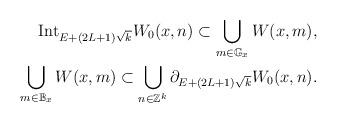
LaTeX: \begin{align*} \mathrm{Int}_{E+(2L+1)\sqrt{k}} W_0(x,n) \subset \bigcup_{m\in \mathbb{G}_x} W(x,m), \\ \bigcup_{m\in \mathbb{B}_x} W(x,m) \subset \bigcup_{n\in \mathbb{Z}^k} \partial_{E+ (2L+1)\sqrt{k}} W_0(x,n). \end{align*}